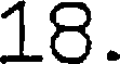
18.